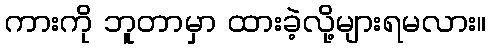
ကားကို ဘူတာမှာ ထားခဲ့လို့များရမလား။